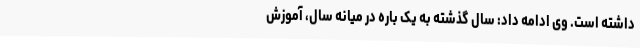
داشته است. وی ادامه داد: سال گذشته به یک باره در میانه سال، آموزش